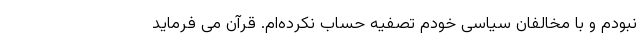
نبودم و با مخالفان سیاسی خودم تصفیه حساب نکرده‌ام. قرآن می فرماید